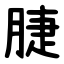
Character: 脻